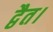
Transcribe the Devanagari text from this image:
द्वैत।